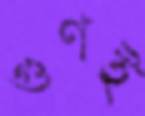
গুণই